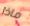
ماذا